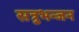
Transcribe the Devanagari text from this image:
सत्रुभन्जन